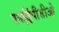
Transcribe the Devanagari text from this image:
एनईईपीसीओ